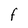
Character: F